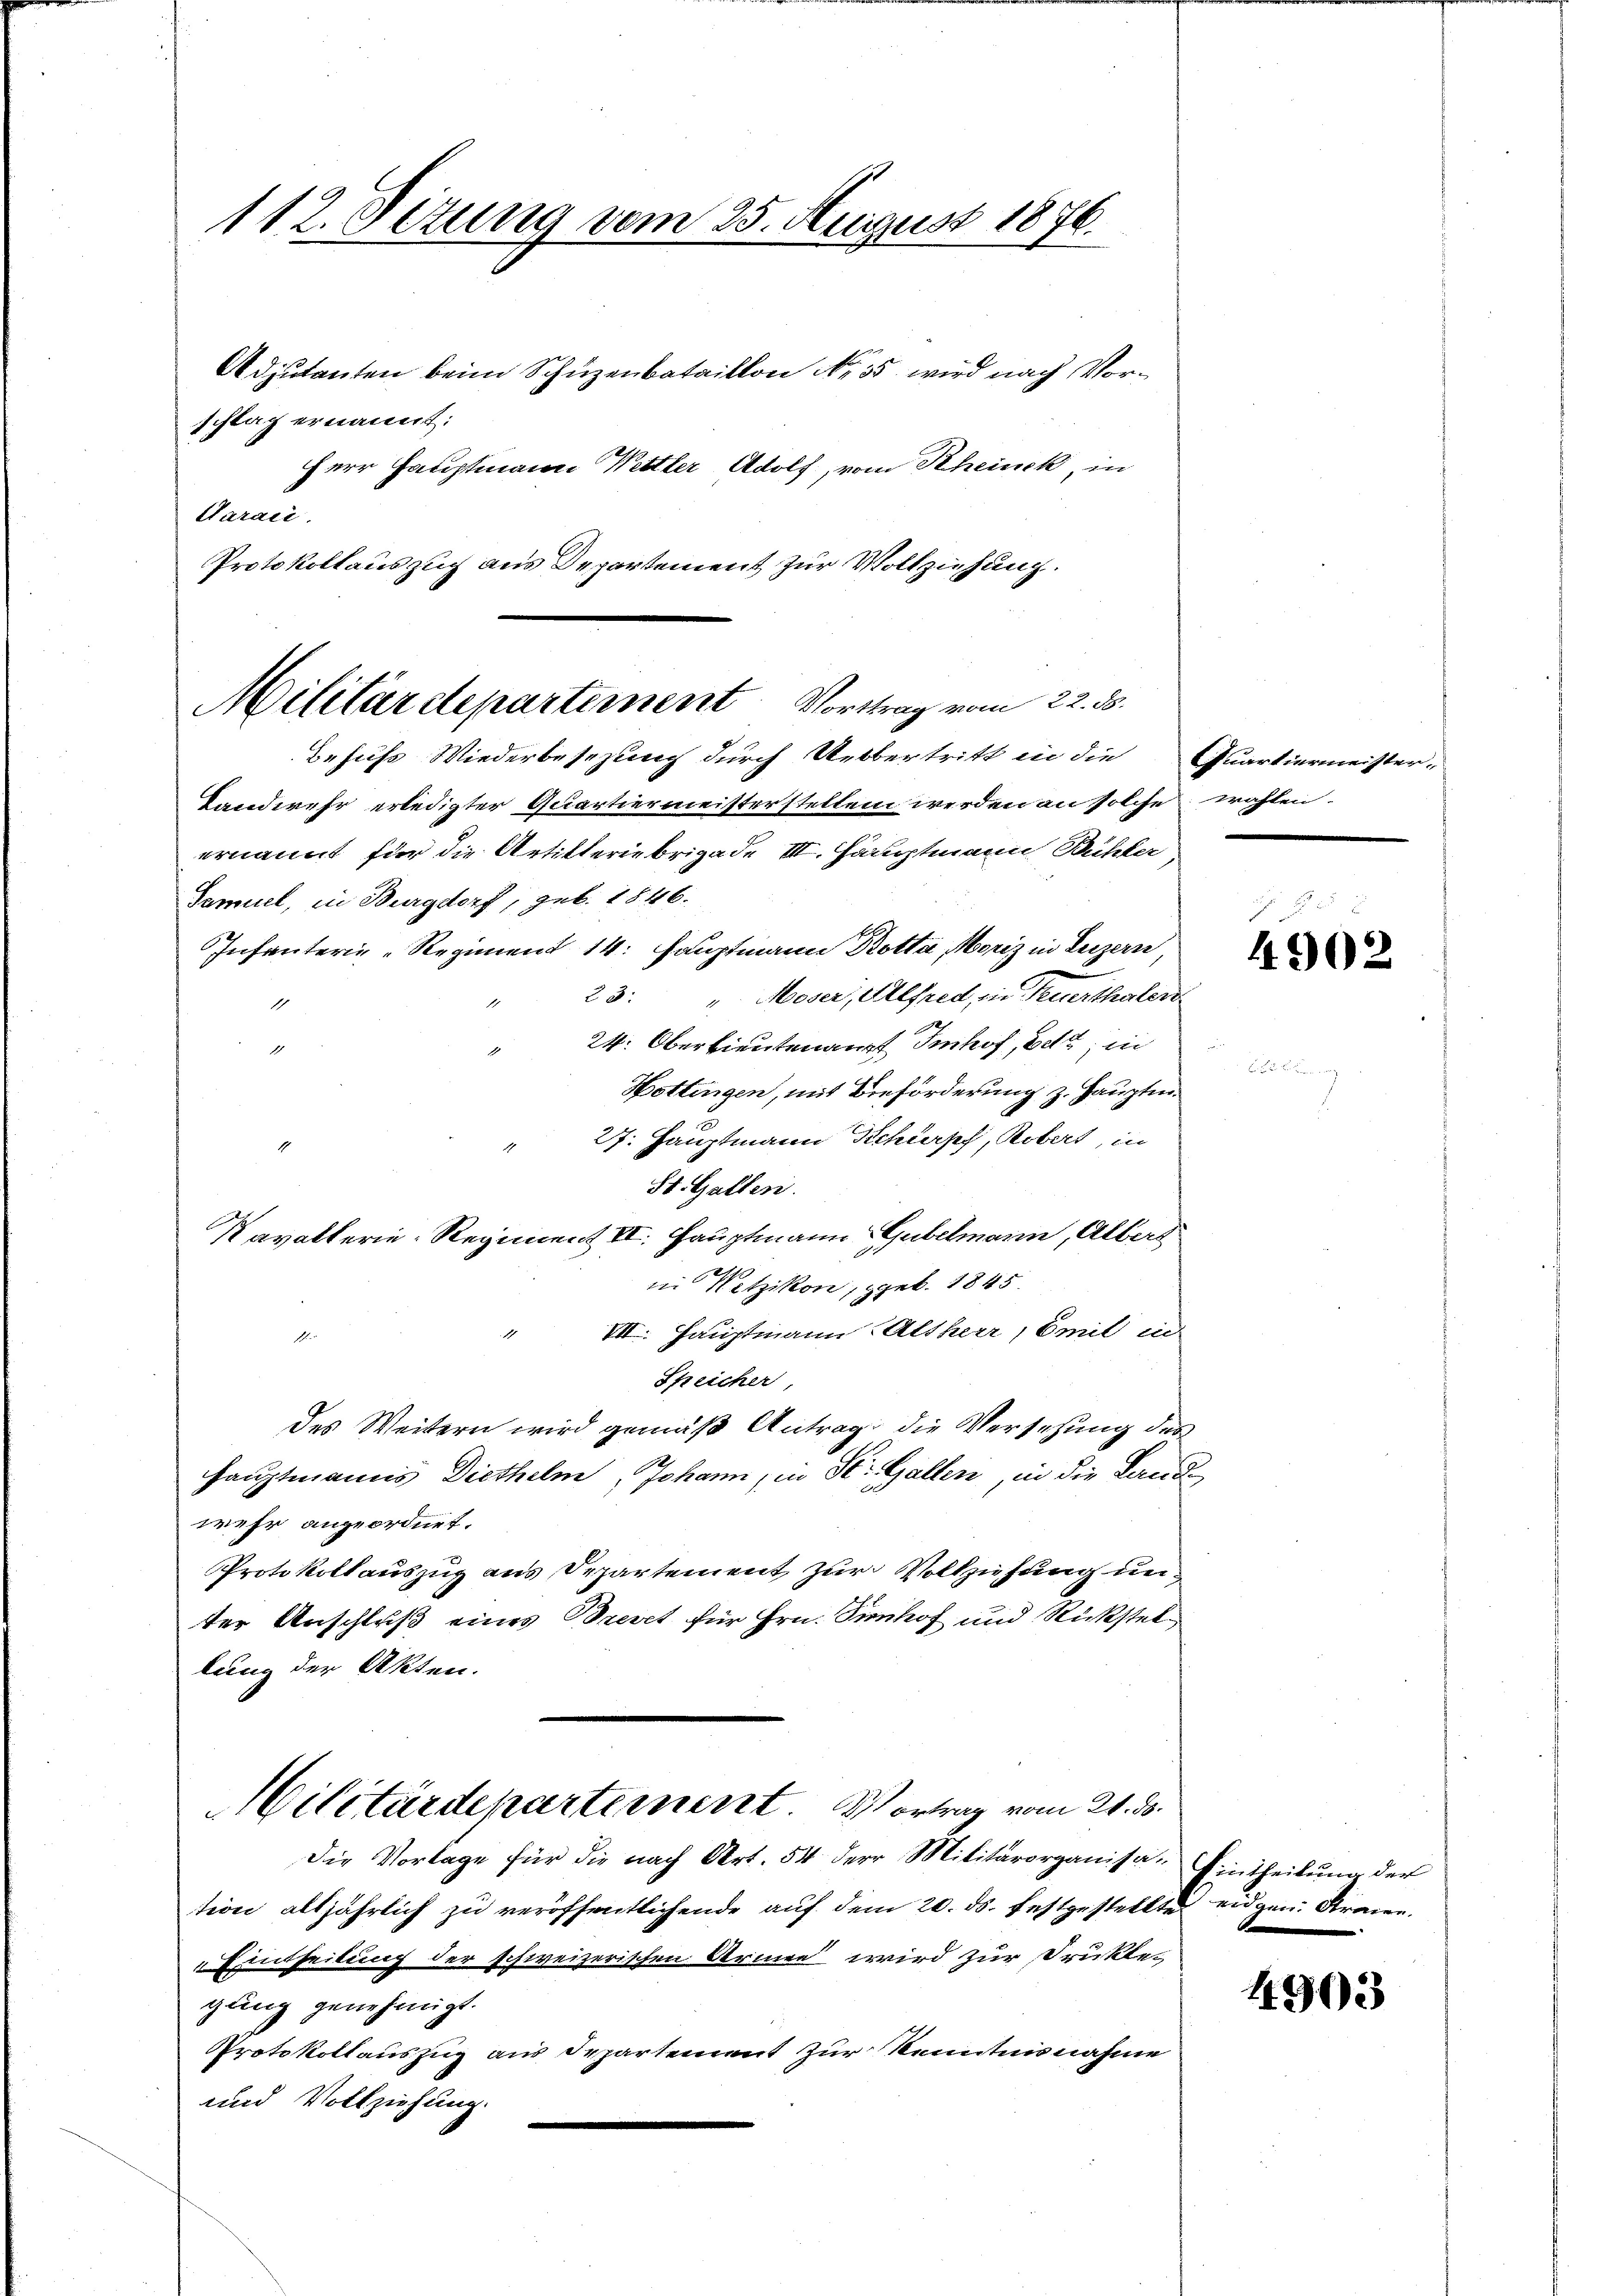
112. Dezung vom 25. August 1876.

Adjutanten beim Schüzenbataillon No. 35 wird nach Vorschlag ernannt:
Herr Hauptmann Wettler Adolf, vom Rheinek, in
Waraii.
Protokollauszug aus Departement zur Vollziehung.

Militärdepartement Vorttrag vom 22. ds.

Behufs Wiederbesezung durch Uebertritt in die Quartiermeister-
Landwehr erledigter Quartiermeisterstellen werden an solche wählen.
ernannt für die Artikteriebrigade III. Hauptmann Bühler
Samuel, in Burgdorf, geb. 1846.
Infanterie-Regiment 14. Hauptmann Kotta, Moriz in Luzern,
" 23. Moser, Alfred, in Feuerthalen
1
24. Oberlieutenauf Imhof, et in
1
n
Hottingen, mit Beförderung z. Hauptm.
27. Hauptmann Schirsch, Robert, in
St. Gallen.
Navatterie-Regiment II. Hauptmann Gubelmann, Albert
in Wetzikon, geb. 1845.
" VII. Hauptmann Altherr, Emil in
l
Speicher
des Weitern wird gemäß Antrag, die Versetzung des
Hauptmanns Diethelm, Johann, in St. Gallen, in die Landwehr angeordnet.
Protokollauszug aus Departement zur Vollzufung unter Anschluß eines Brevet für Hrn. Sienhof und Rückstel
lung der Akten.
Militärdepartement. Vortrag vom 21. ds.

Die Vorlage für die nach Art. 54 der Militärorganisa- Eintheilŭng der
tion alljährlich zu veröffentlichende auf dem 20. ds. festgestellte eidgen. Frauen.
Eintheilung der schweizerischen Armee wird zur Druktes
gang genehmigt.
Protokollauszug aus Departement zur Kenntnisnahme
und Vollziehung.

4902

4903